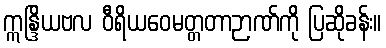
ဣန္ဒြိယဗလ ဝီရိယဝေမတ္တတာဉာဏ်ကို ပြဆိုခန်း။